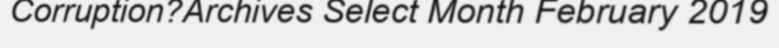
Corruption?Archives Select Month February 2019